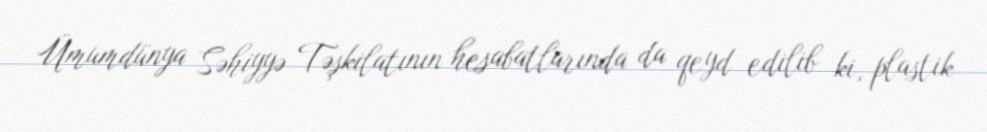
Ümumdünya Səhiyyə Təşkilatının hesabatlarında da qeyd edilib ki, plastik